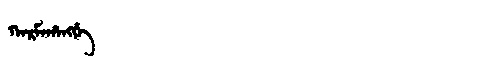
Manchu: ᡴᠠᡵᠮᠠᡥᠠᠩᡤᡝ
Romanization: KARMAHANGGE